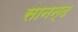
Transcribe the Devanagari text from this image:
सानन्‍द